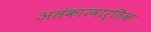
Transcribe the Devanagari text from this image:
अलंकारवार्तिक